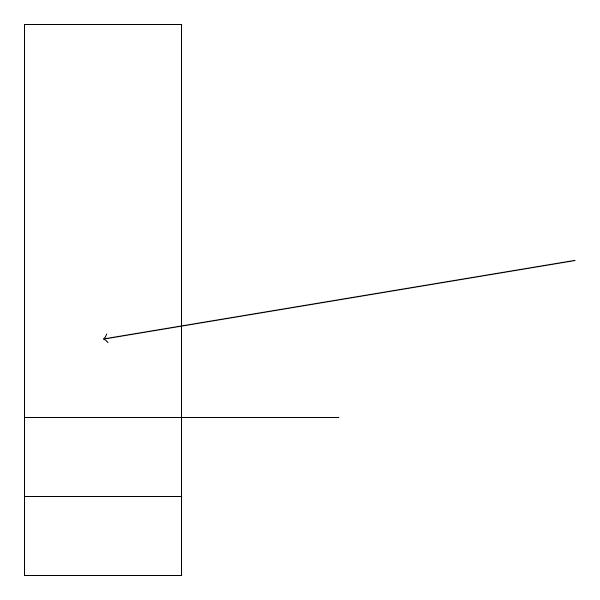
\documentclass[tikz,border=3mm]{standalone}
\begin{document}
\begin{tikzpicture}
\draw[->] (7,15) -- (1,14);
\draw (0,11) rectangle (2,18);
\draw (0,12) rectangle (2,13);
\draw (0,13) rectangle (4,13);
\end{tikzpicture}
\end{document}